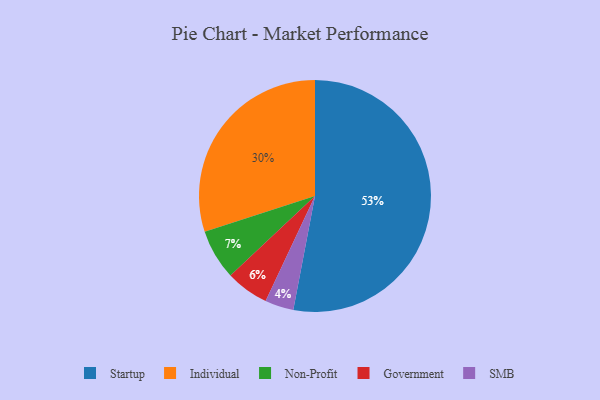
{"axis": {"x": "Category", "y": "Percentage"}, "legend": ["Government", "Individual", "Non-Profit", "SMB", "Startup"], "data": [{"x": "Individual", "y": 30, "type": "Individual"}, {"x": "Startup", "y": 53, "type": "Startup"}, {"x": "Government", "y": 6, "type": "Government"}, {"x": "SMB", "y": 4, "type": "SMB"}, {"x": "Non-Profit", "y": 7, "type": "Non-Profit"}]}